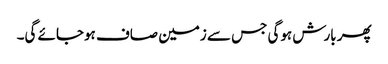
پھر بارش ہوگی جس سے زمین صاف ہوجائے گی۔